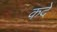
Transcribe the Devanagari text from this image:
कदे